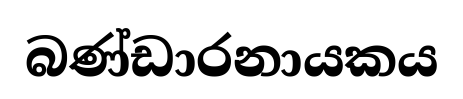
බණ්ඩාරනායකය